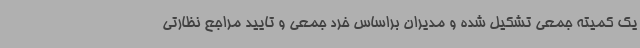
یک کمیته جمعی تشکیل شده و مدیران براساس خرد جمعی و تایید مراجع نظارتی